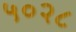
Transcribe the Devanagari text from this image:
५०२८